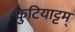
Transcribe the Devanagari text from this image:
कुटियाट्टम्